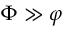
\Phi \gg \varphi